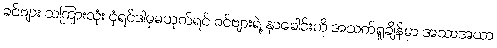
ခင်ဗျား သကြားလုံး ငုံရင်ဒါမှမဟုတ်ရင် ခင်ဗျားရဲ့ နှာခေါင်းကို အသက်ရှုချိန်မှာ အသာအယာ